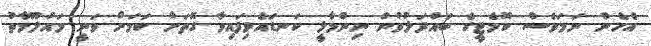
އެހެން ނަމަވެސް ކޮމެޓީގެ ބައްދަލުވުން ނިންމާލީ ކަނޑައެޅިފައިވާ ގޮތަށް ކަމަށް ވަނީ މައުލޫމާތު